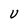
Character: U